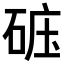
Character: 𥒹